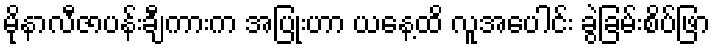
မိုနာလီဇာပန်းချီကားက အပြုံးဟာ ယနေ့ထိ လူအပေါင်း ခွဲခြမ်းစိပ်ဖြာ